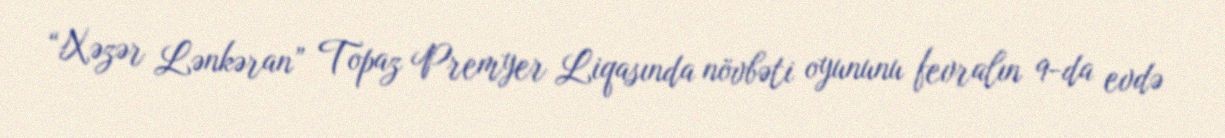
“Xəzər Lənkəran” Topaz Premyer Liqasında növbəti oyununu fevralın 9-da evdə